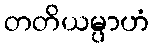
တတိယမ္ပာဟံ